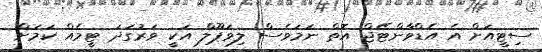
ސިޓީއަށް އެ އެޑްވާންޓޭޖް އޮތް ނަމަވެސް ލިވަޕޫލް އަކީ ވަރުގަދަ ޓީމެއް ކަމަށް